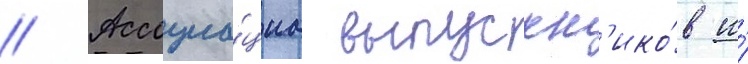
// Ассоциа́циа выпускн'ико́в и́